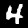
Digit: 4